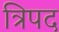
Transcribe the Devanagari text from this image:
त्रिपद